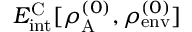
E _ { \mathrm { i n t } } ^ { \mathrm { C } } [ \rho _ { \mathrm { A } } ^ { ( 0 ) } , \rho _ { \mathrm { e n v } } ^ { ( 0 ) } ]